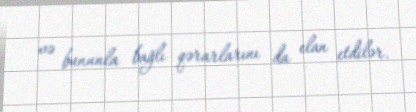
və bununla bağlı qərarlarını da elan etdilər.